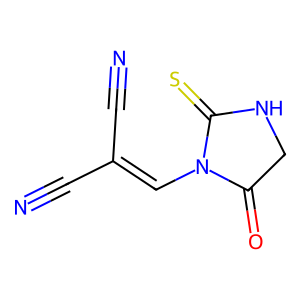
SMILES: N#CC(C#N)=CN1C(=O)CNC1=S
Inhibits HIV replication: No